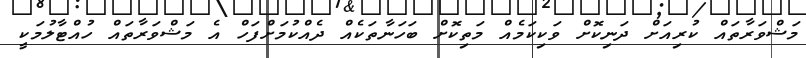
މަޝްވަރާތައް ކުރިއަށް ދަނިކޮށް ވަކިކަމެއް މަތިކޮށް ބަހަނާތަކެއް ދެއްކުމަށްފަހް އެ މަޝްވަރާތައް ހުއްޓާލުމަކީ